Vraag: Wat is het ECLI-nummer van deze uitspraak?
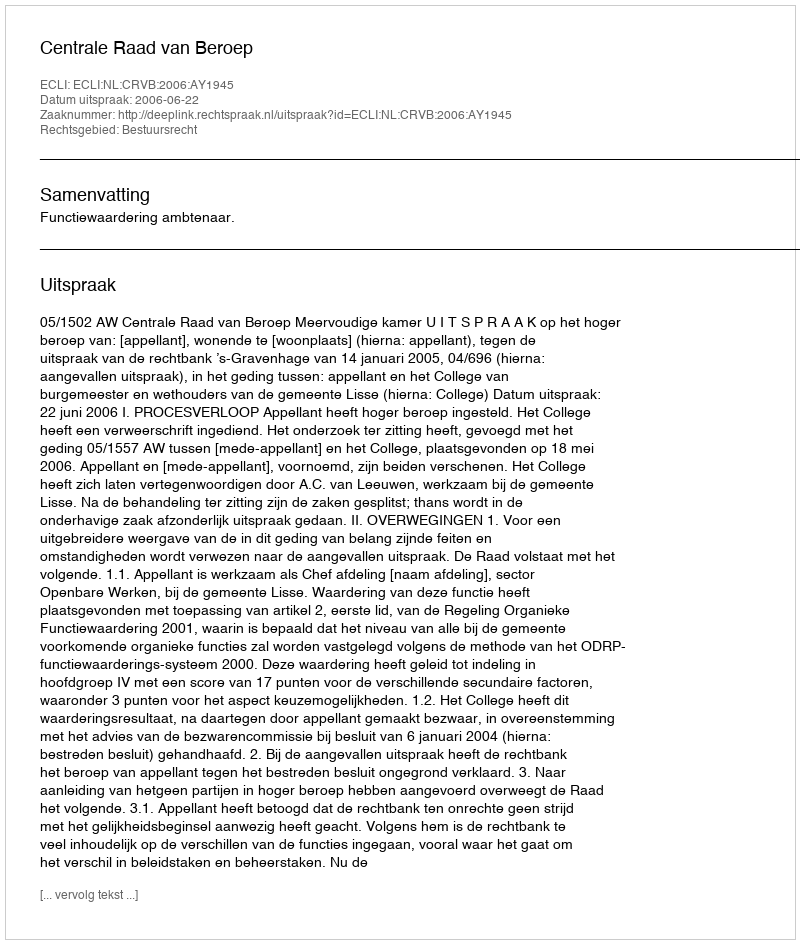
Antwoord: ECLI:NL:CRVB:2006:AY1945